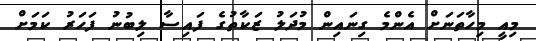
މިއީ މިހާތަނަށް އެންމެ ގިނައިން މުދަލު ޒަކާތުގެ ފައިސާ ލިބުނު ފަހަރު ކަމަށް